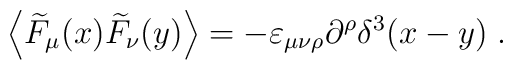
\left\langle \widetilde{F}_\mu (x)\widetilde{F}_\nu (y)\right\rangle=-\varepsilon _{\mu \nu \rho }\partial ^\rho \delta ^3(x-y)\;.